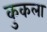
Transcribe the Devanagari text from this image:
कुकला